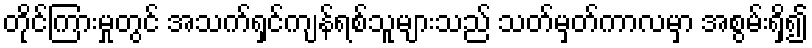
တိုင်ကြားမှုတွင် အသက်ရှင်ကျန်ရစ်သူများသည် သတ်မှတ်ကာလမှာ အစွမ်းရှိ၍